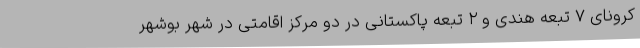
کرونای ۷ تبعه هندی و ۲ تبعه پاکستانی در دو مرکز اقامتی در شهر بوشهر